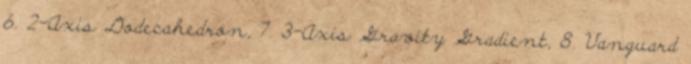
6. 2-Axis Dodecahedron, 7. 3-Axis Gravity Gradient, 8. Vanguard